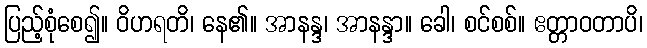
ပြည့်စုံစေ၍။ ဝိဟရတိ၊ နေ၏။ အာနန္ဒ၊ အာနန္ဒာ။ ခေါ၊ စင်စစ်။ ဧတ္တာဝတာပိ၊